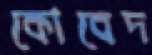
কোবেদ